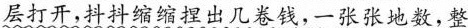
层打开,抖抖缩缩捏出几卷钱，一张张地数，整